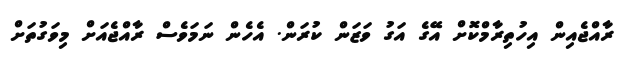
ރާއްޖެއިން އިހުތިރާމްކޮށް އޭގެ އަގު ވަޒަން ކުރަން. އެހެން ނަމަވެސް ރާއްޖެއަށް މިވަގުތަށް